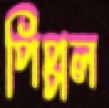
পিপ্পল